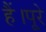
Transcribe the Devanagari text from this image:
हैं।पूरे